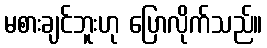
မစားချင်ဘူးဟု ပြောလိုက်သည်။